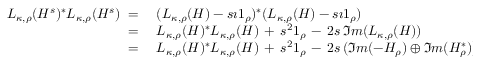
\begin{array} { r l } { L _ { \kappa , \rho } ( H ^ { s } ) ^ { * } L _ { \kappa , \rho } ( H ^ { s } ) \; = \; } & { { } ( L _ { \kappa , \rho } ( H ) - s \imath \boldsymbol { 1 } _ { \rho } ) ^ { * } ( L _ { \kappa , \rho } ( H ) - s \imath \boldsymbol { 1 } _ { \rho } ) } \\ { \; = \; } & { { } L _ { \kappa , \rho } ( H ) ^ { * } L _ { \kappa , \rho } ( H ) \, + \, s ^ { 2 } \boldsymbol { 1 } _ { \rho } \, - \, 2 s \, \Im m ( L _ { \kappa , \rho } ( H ) ) } \\ { \; = \; } & { { } L _ { \kappa , \rho } ( H ) ^ { * } L _ { \kappa , \rho } ( H ) \, + \, s ^ { 2 } \boldsymbol { 1 } _ { \rho } \, - \, 2 s \, ( \Im m ( - H _ { \rho } ) \oplus \Im m ( H _ { \rho } ^ { * } ) ) \; , } \end{array}